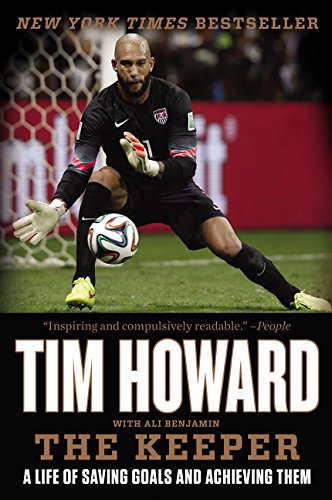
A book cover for The Keeper: A Life of Saving Goals and Achieving Them; Tim Howard; Biographies & Memoirs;